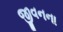
જીવનના